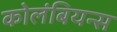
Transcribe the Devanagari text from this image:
कोलंबियन्स